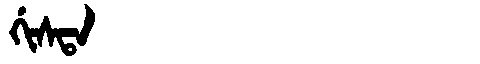
Manchu: ᡤᡳᠰᡨᠠ
Romanization: GISTA